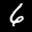
Label: 6